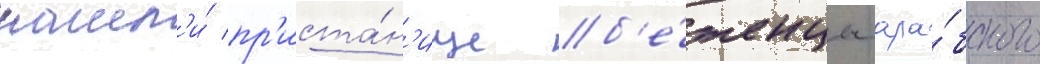
нашл'и́ пр'иста́н'ище б'е́женцы ара́бского